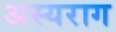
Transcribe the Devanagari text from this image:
अस्यराग